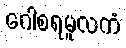
ဂေါစရမူလကံ